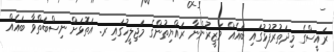
ރައީސްގެ މިދަތުރުފުޅުގައި ބައެއް ވަޒީރުންނާ ރައްޔިތުންގެ މަޖިލީހުގައި ރ. އަތޮޅަށް ނިސްބަތްވާ ބައެއް